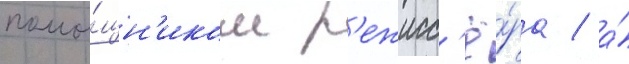
помо́щн'иком р'ежисс'ё́ра / а́